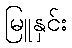
မြူနှင်း